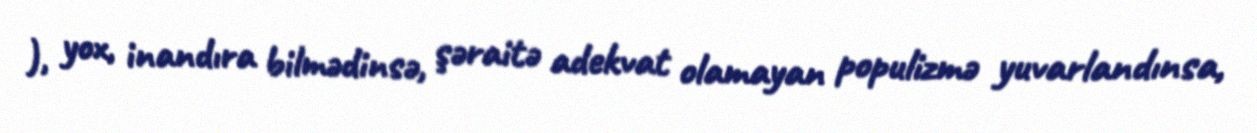
), yox, inandıra bilmədinsə, şəraitə adekvat olamayan populizmə yuvarlandınsa,